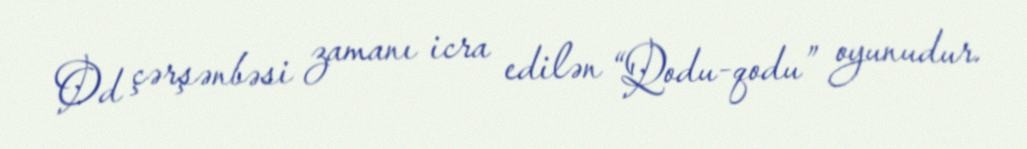
Od çərşənbəsi zamanı icra edilən “Qodu-qodu” oyunudur.